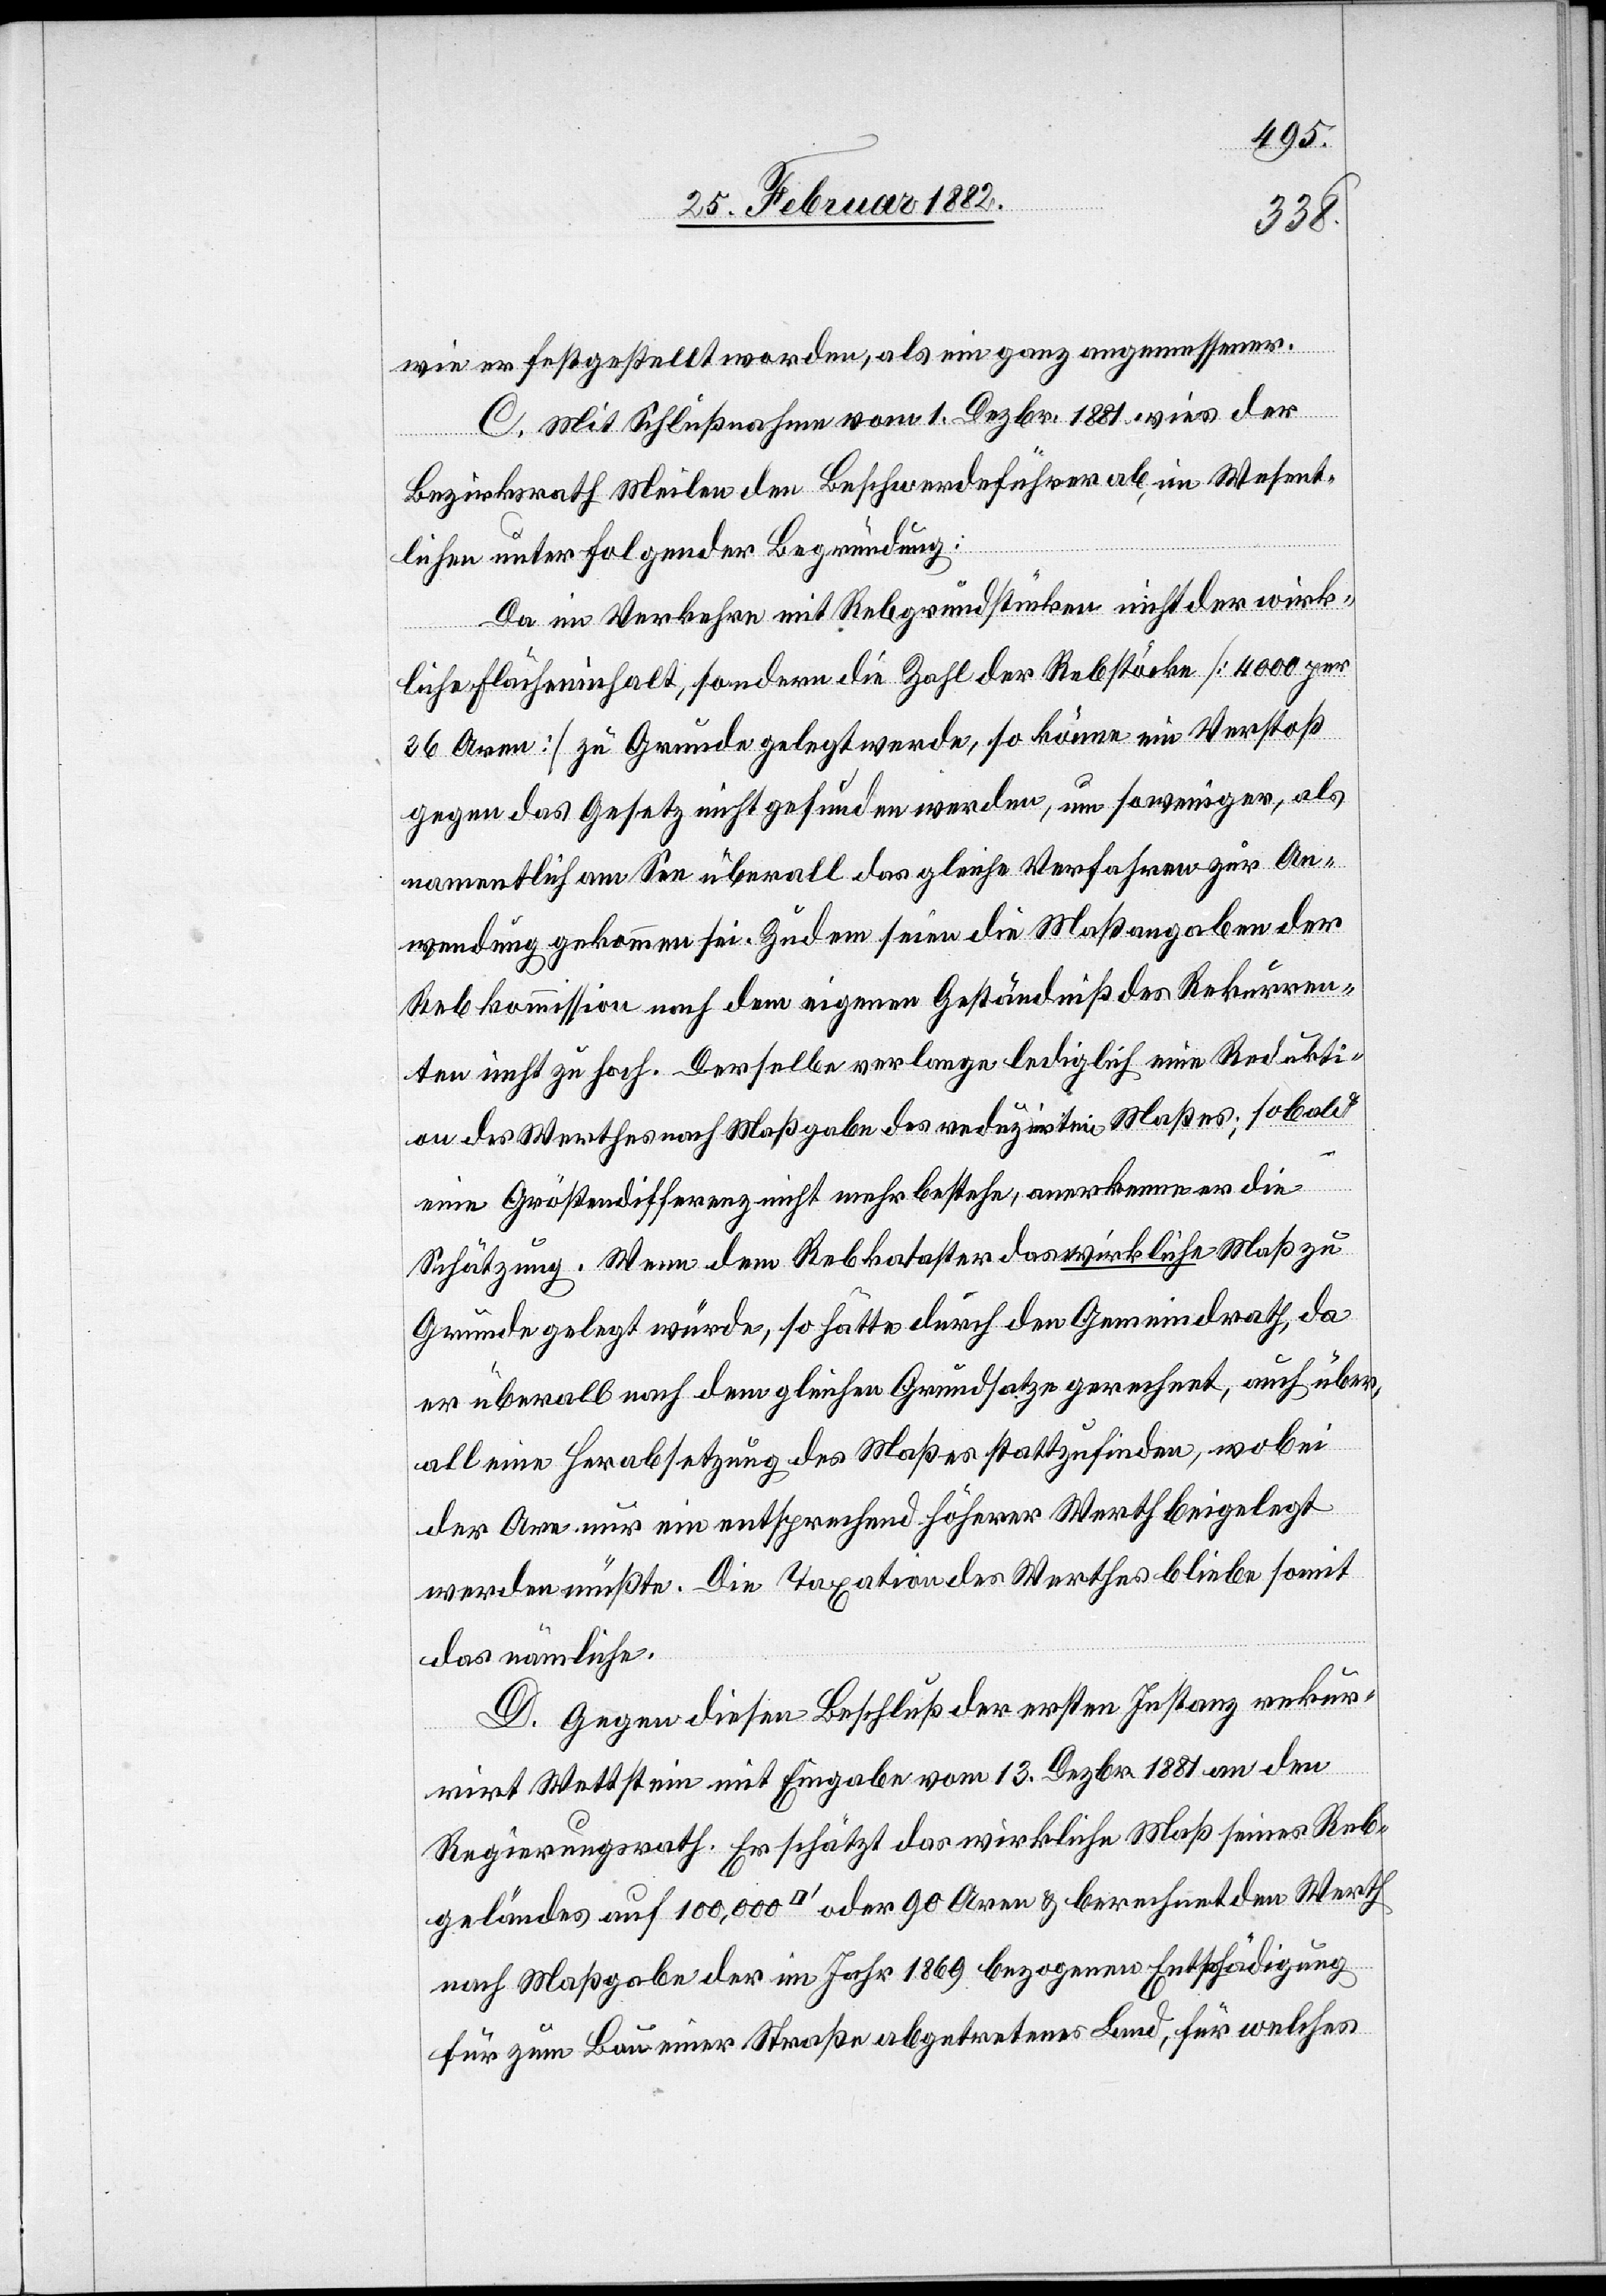
wie er festgestellt worden, als ein ganz angemessener.
C. Mit Schlußnahme vom 1. Dezbr. 1881 wies der
Bezirksrath Meilen den Beschwerdeführer ab, im Wesent¬
lichen unter folgender Begründung:
Da im Verkehre mit Rebgrundstücken nicht der wirk¬
ber¬
liche Flächeninhalt, sondern die Zahl der Rebstöcke [4000 per
36 Aren] zu Grunde gelegt werde, so könne ein Verstoß
gegen das Gesetz nicht gefunden werden, um so weniger, als
namentlich am See überall das gleiche Verfahren zur An¬
wendung gekommen sei. Zudem seien die Maßangaben der
Rebkommission nach dem eigenen Geständniß des Rekurren¬
ten nicht zu hoch. Derselbe verlange lediglich eine Redukti¬
on des Werthes nach Maßgabe des reduzirten Maßes; sobald
Werth
eine Größendifferent nicht mehr bestehe, anerkenne er die
Schätzung. Wenn dem Rebkataster das wirkliche Maß zu
Grunde gelegt würde, so hätte durch den Gemeindrath, da
er überall nach dem gleichen Grundsatze gerechnet, auch über¬
all eine Herabsetzung des Maßes stattzufinden, wobei
der Are nur ein entsprechend höherer Werth beigelegt
werden müßte. Die Taxation des Werthes bleibe somit
das nämliche.
D. Gegen diesen Beschluß der ersten Instanz rekur¬
rirt Wettstein mit Eingabe vom 13. Dezbr. 1881 an den
Regierungsrath. Er schätzt das wirkliche Maß seines Reb¬
nach Maßgabe der im Jahr 1869 bezogenen Entschädigung
für zum Bau einer Straße abgetretenes Land, für welches